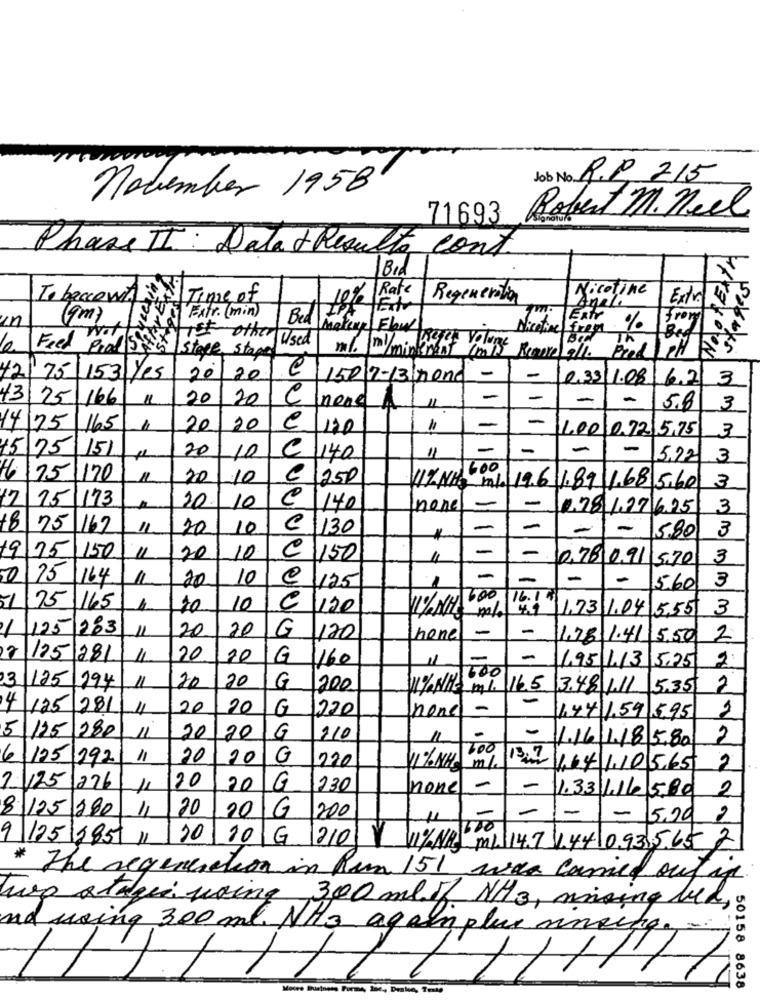
Job No. R.P. 215
november 1958
71693
Robert M. neel
Phase II : Data & Results cont.
1Bid
Rate
Nicotine
5
Tobaccowit
Time of
10%
Regeneration
And.
Extra 45
Extv
un
(gm)
Extr. (min)
Bed
Wat
Nicotine free
%
Feel
werist other used
ml. ml/ Refet Volun
Pral sex
Pred PH $ 5
/ stoffe stape
/minkrent mais Room all.
42175 153 Yes
20/20
150 7-13 mend
-
-
Le 33/1.08
16.2
3
43
25 166
20
20
e
-
-
nene 4
11.
5.8
3
e
-
14/25/165
20
20
100 0.72 5,75
3
15 75
151
20
-
-
-
10
C 140
11
5,22
3
6 75
170
11
20
10
C 250
3
11% NHS mb 19.6 1.89 1.68 5.60
12
15
173
-
20
10
@ 1140
none
-
1.78 1.27 6.25
3
8 75 167
11
20
10
C 130
-
-
-
-
5.80
3
*
-
19 75 150
11
20
10
€ 150
1
0,78 0,91 5.70
3
0 75
164
11
20
10
e
1
-
-
-
-
3
1125
560
300 16.1
1 75 165
10
10
e
120
1,73 1.04 5,55
3
/ 125 283
11
20
G
-
20
1120
none
-
1.78 1.41
5,50
2
125
281
20
10
G
1160
11
-
600
495 1.13
5.25
1125
20
20
194
G
1200
1% the ml. 16.5
3.48 1.11
15.35
2
-
4 125
281
11
20
20
G
1220
-
1
none
1.44 1.59 5.95
5 125
1280
-
11
20
20
G
210
11
-
1.16
1.18 5,80
2
6 /05/192
1.
20
20
G
220
11% NH m/
700 13 ,64 1,105.65 2
20
2125 276
11
20
G
230
none
-
1.33 l16 5.80 2
8 125 280
1
20
-
20
G 200
11
-
-
-
5,29
2
9 125 2857 11
20 10 G 210 8 1%NAS ML 147 144 093565 2
* The regeneration in Rum 151 was carried out if
wp atageiwaing 300 mlof NH3, mising led,
nd using 300 ml. NH3 againplus mneenge -
50158 8638
Moces